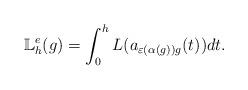
LaTeX: \begin{align*}\mathbb{L}_h^{e}(g) = \int_0^h L(a_{\varepsilon(\alpha(g))g}(t)) dt. \end{align*}